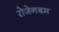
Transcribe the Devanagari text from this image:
रोजेनबम